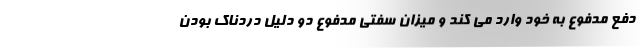
دفع مدفوع به خود وارد می کند و میزان سفتی مدفوع دو دلیل دردناک بودن